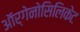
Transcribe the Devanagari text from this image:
ऑर्गेनोसिलिकेट